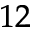
^ { 1 2 }